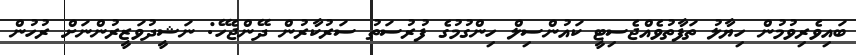
ބައިވެރިވުމުން ހިޔާލު ތަފާތުވެއްޖެސިޓީ ކައުންސިލް ހިންގުމުގެ ފުރުސަތު ސަރުކާރުން ދޭންޖެހޭ: ނަޝީދުވަޒީރުންނަށް ރުހުން